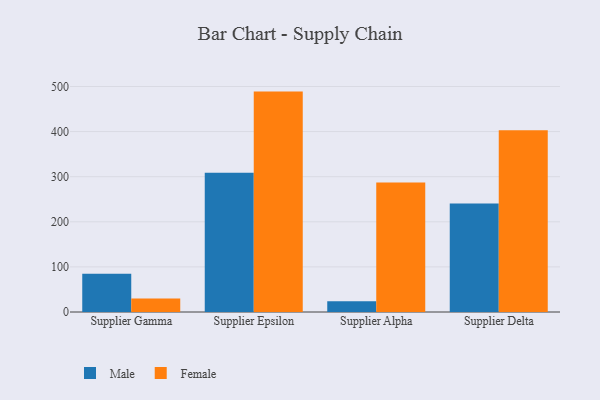
{"axis": {"x": "Supplier", "y": "Satisfaction Score"}, "legend": ["Female", "Male"], "data": [{"x": "Supplier Gamma", "y": 84.8, "type": "Male"}, {"x": "Supplier Gamma", "y": 30.2, "type": "Female"}, {"x": "Supplier Epsilon", "y": 308.7, "type": "Male"}, {"x": "Supplier Epsilon", "y": 488.7, "type": "Female"}, {"x": "Supplier Alpha", "y": 23.8, "type": "Male"}, {"x": "Supplier Alpha", "y": 287.3, "type": "Female"}, {"x": "Supplier Delta", "y": 240.6, "type": "Male"}, {"x": "Supplier Delta", "y": 403.1, "type": "Female"}]}